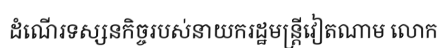
ដំណើរទស្សនកិច្ចរបស់នាយករដ្ឋមន្ត្រីវៀតណាម លោក